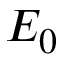
E _ { 0 }